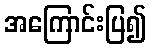
အကြောင်းပြ၍